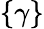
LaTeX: \{ \gamma\}